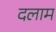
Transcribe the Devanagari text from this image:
दलाम